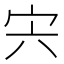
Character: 宍